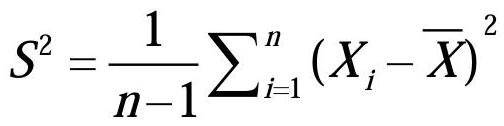
\[S^{2}=\frac{1}{n - 1}\sum_{i = 1}^{n}(X_{i}-\overline{X})^{2}\]